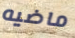
ماضيه